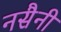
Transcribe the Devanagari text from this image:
नसैनी